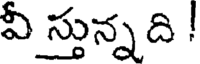
వీ స్తున్న ది !